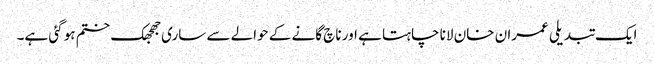
ایک تبدیلی عمران خان لانا چاہتا ہے اور ناچ گانے کے حوالے سے ساری جھجھک ختم ہو گئی ہے۔